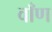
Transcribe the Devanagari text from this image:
वाँण